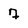
Character: 7